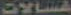
غسالات